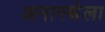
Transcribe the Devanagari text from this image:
अनास्थेला